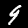
Label: 9